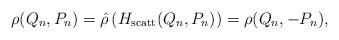
LaTeX: \begin{align*}\rho(Q_n,P_n)=\hat{\rho}\left(H_{\textrm{scatt}}(Q_n,P_n)\right)=\rho(Q_n,-P_n),\end{align*}